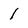
Character: l